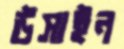
উসাইন